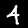
Label: 4